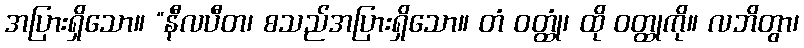
အပြားရှိသော။ “နီလပီတ၊ စသည်အပြားရှိသော။ တံ ဝတ္ထုံ၊ ထို ဝတ္ထုကို။ လဘိတွာ၊